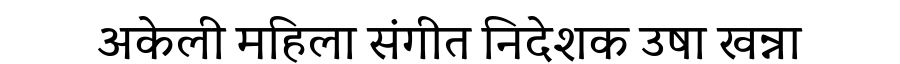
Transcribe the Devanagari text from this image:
अकेली महिला संगीत निदेशक उषा खन्ना